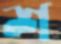
শ